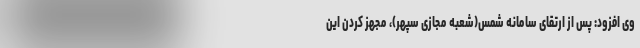
وی افزود: پس از ارتقای سامانه شمس(شعبه مجازی سپهر)، مجهز کردن این